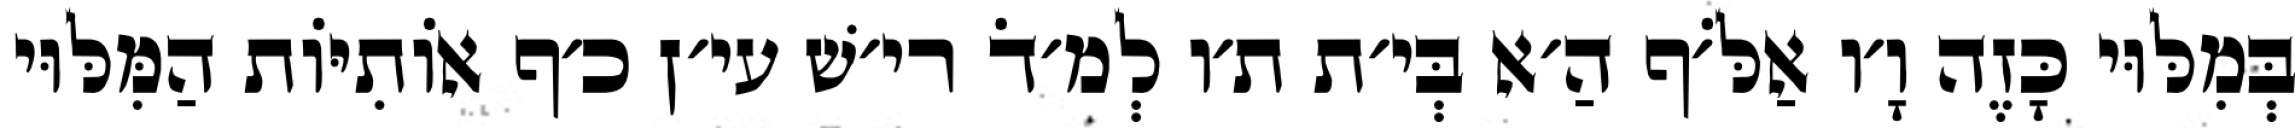
בְּמִלּוּי כָּזֶה וָ׳ו אַלֹּ׳ף הַ׳א בְּי׳ת ת׳ו לְמ׳דֹ רי׳שׁ עי׳ן כ׳ף אוֹתִיּוֹת הַמִּלּוּי